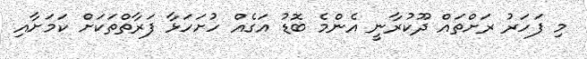
މި ފަހަރު ރަށްތައް ދޫކުރާނީ އެންމެ ބޮޑު އަގެއް ހުށަހަޅާ ފަރާތްތަކަށް ކަމަށާއި